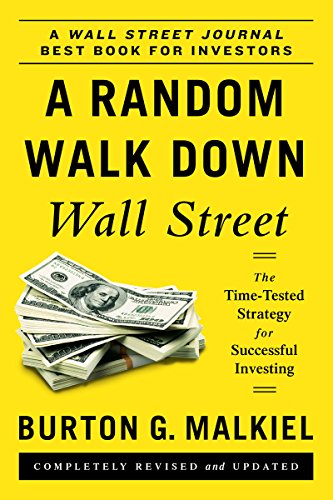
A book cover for A Random Walk Down Wall Street: The Time-Tested Strategy for Successful Investing (Eleventh Edition); Burton G. Malkiel; Business & Money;